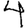
Digit: 4